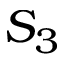
S _ { 3 }